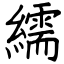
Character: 繻